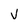
Character: V